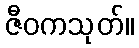
ဇီဝကသုတ်။